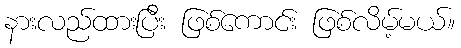
နားလည်ထားပြီး ဖြစ်ကောင်း ဖြစ်လိမ့်မယ်။